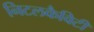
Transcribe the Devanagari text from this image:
निटलकैविटी